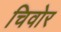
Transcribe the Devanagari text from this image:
चिवोर